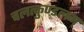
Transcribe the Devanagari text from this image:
चलत्कुण्डलम्